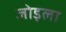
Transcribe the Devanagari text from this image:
जोड़ला